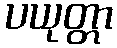
ပယုတ္တာ